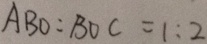
A B O : B O C = 1 : 2